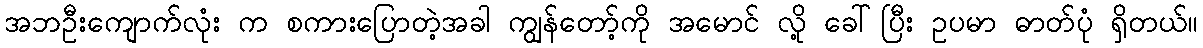
အဘဦးကျောက်လုံး က စကားပြောတဲ့အခါ ကျွန်တော့်ကို အမောင် လို့ ခေါ်ပြီး ဥပမာ ဓာတ်ပုံ ရှိတယ်။